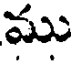
ము